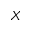
X